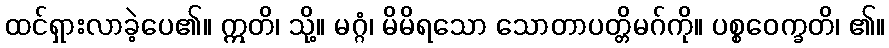
ထင်ရှားလာခဲ့ပေ၏။ ဣတိ၊ သို့။ မဂ္ဂံ၊ မိမိရသော သောတာပတ္တိမဂ်ကို။ ပစ္စဝေက္ခတိ၊ ၏။